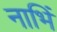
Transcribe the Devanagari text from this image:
नाभिं